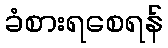
ခံစားရစေရန်